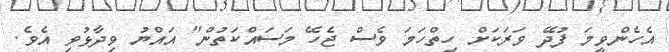
އެހެންވީމަ ފުދޭ ވަރަކަށް ހިތްހަމަ ވެސް ޖެހޭ މަސައްކަތުން" އައްޔު ވިދާޅުވި އެވެ.